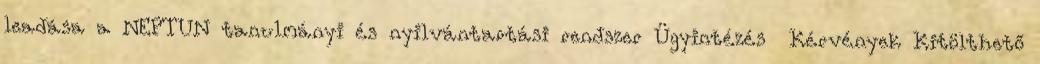
leadása a NEPTUN tanulmányi és nyilvántartási rendszer Ügyintézés Kérvények Kitölthető